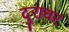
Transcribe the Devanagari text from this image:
दुराधर